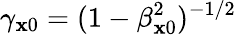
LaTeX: {\gamma_{\mathbf{x}0}=(1-\beta_{\mathbf{x}0}^{2})^{-1/2}}